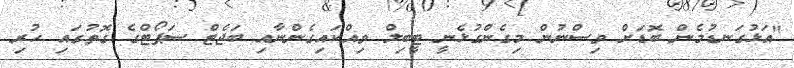
"އަޅުގަނޑުމެން ބޮޑަށް ވިސްނުން މިގެންގުޅެނީ ޓީބިލް ވިއްކައިގެންނާއި ބަޖެޓް ސަޕޯޓްގެ ގޮތުގައި ހުރި